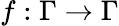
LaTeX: f:\Gamma\to\Gamma